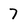
Character: 7